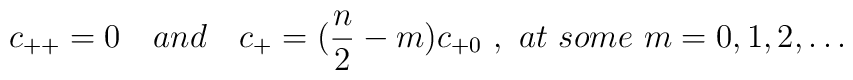
c_{++}=0 \quad and \quad c_{+} = ({n \over 2} - m)  c_{+0} \ , \ at \ some\ m=0,1,2,\dots